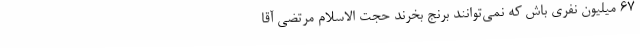
67 میلیون نفری باش که نمی‌توانند برنج بخرند حجت الاسلام مرتضی آقا